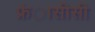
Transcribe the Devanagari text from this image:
फ्रंासीसी